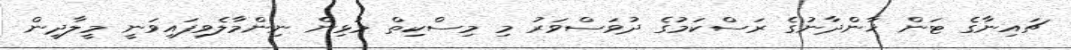
ޗައިނާގެ ޓަން ޚާންދާނުގެ ރަސްކަމުގެ ދުވަސްވަރު މި މިސްކިތް މުޅިން ނިންމާލެވިފައިވަނީ މީލާދީން